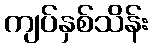
ကျပ်နှစ်သိန်း